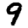
Digit: 9